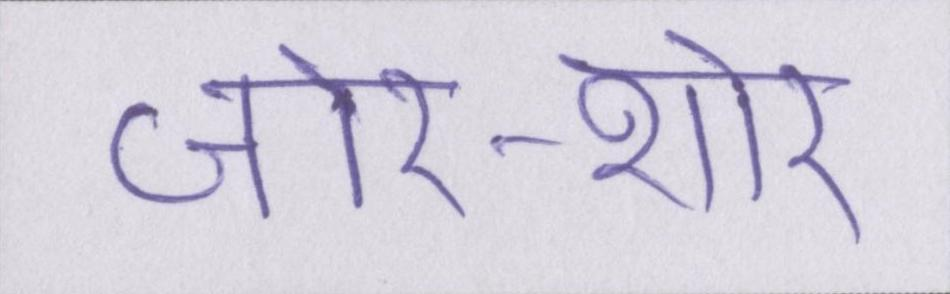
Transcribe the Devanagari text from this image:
जोर-शोर